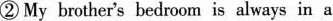
② My brother's bedroom is always in a